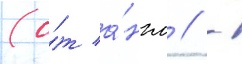
(о́т а́нгл // -